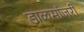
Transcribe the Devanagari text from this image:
डाळमांजरी